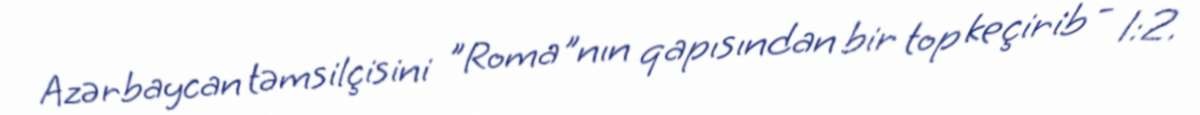
Azərbaycan təmsilçisini "Roma"nın qapısından bir top keçirib - 1:2.